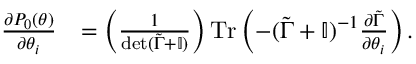
\begin{array} { r l } { \frac { \partial P _ { 0 } ( \boldsymbol { \theta } ) } { \partial \theta _ { i } } } & { = \left( \frac { 1 } { \det ( \tilde { \Gamma } + \mathbb { I } ) } \right) \operatorname { T r } \left( - ( \tilde { \Gamma } + \mathbb { I } ) ^ { - 1 } \frac { \partial \tilde { \Gamma } } { \partial \theta _ { i } } \right) . } \end{array}